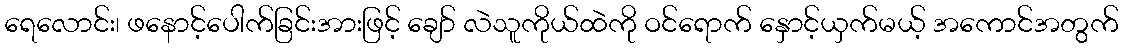
ရေလောင်း၊ ဖနောင့်ပေါက်ခြင်းအားဖြင့် ချော် လဲသူကိုယ်ထဲကို ဝင်ရောက် နှောင့်ယှက်မယ့် အကောင်အတွက်